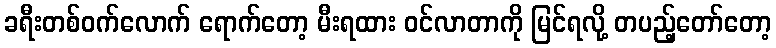
ခရီးတစ်ဝက်လောက် ရောက်တော့ မီးရထား ဝင်လာတာကို မြင်ရလို့ တပည့်တော်တော့